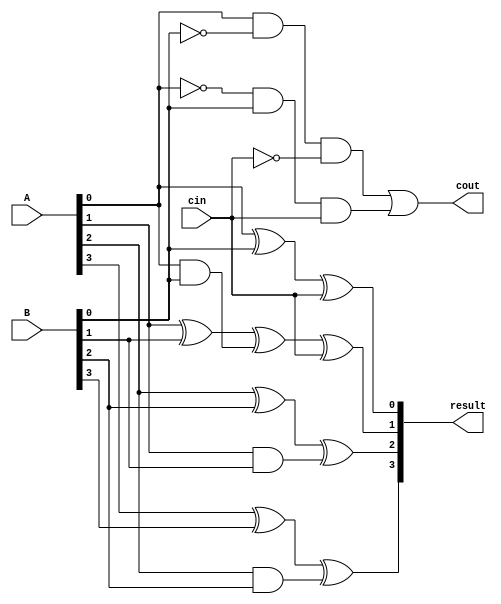
module subtractor (
    input [3:0] A,
    input [3:0] B,
    input cin,
    output reg [3:0] result,
    output reg cout
);

always @ (*) begin
    result[0] = A[0] ^ B[0] ^ cin;
    result[1] = A[1] ^ B[1] ^ A[0] & B[0] ^ cin;
    result[2] = A[2] ^ B[2] ^ A[1] & B[1];
    result[3] = A[3] ^ B[3] ^ A[2] & B[2];
    
    cout = (A[0] & ~B[0] & ~cin) | (~A[0] & B[0] & cin);
end

endmodule